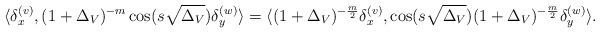
LaTeX: \begin{align*}\langle\delta_x^{(v)},(1+\Delta_V)^{-m}\cos(s\sqrt{\Delta_V})\delta_y^{(w)}\rangle=\langle(1+\Delta_V)^{-\frac{m}{2}}\delta_x^{(v)},\cos(s\sqrt{\Delta_V})(1+\Delta_V)^{-\frac{m}{2}}\delta_y^{(w)} \rangle.\end{align*}